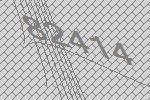
82414